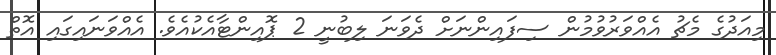
މިއަދުގެ މެޗު އެއްވަރުވުމުން ސިފައިންނަށް ދެވަނަ ލިބުނީ 2 ޕޮއިންޓާއެކުއެވެ. އެއްވަނައިގައި އޮތް